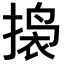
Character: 𫽲